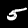
Digit: 5